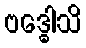
ဗဒ္ဓေါသိ